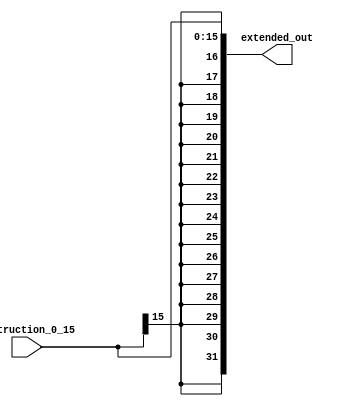
module sign_extend (extended_out, instruction_0_15); 
	output wire [31:0] extended_out;
	input [15:0] instruction_0_15;
	
	//assign extended_out[31:0] = { {16{instruction_0_15[15]}}, instruction_0_15[15:0] }; the two ways work
	assign extended_out = $signed(instruction_0_15);	   
	
endmodule
module Test_sign_extend();		 
	wire signed [31:0] extended_out;
	reg [15:0] instruction_0_15;
	sign_extend s(extended_out, instruction_0_15); 
	initial 
		begin
			$monitor("input = %b\noutput = %b\n*****\n", instruction_0_15, extended_out);
			#5
			instruction_0_15 =  16'b0000000000000110;	
			#5
			instruction_0_15 =  16'b1100000000001101;	  
		end
		
endmodule